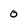
Character: 0